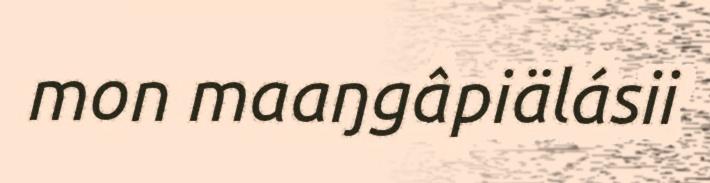
mon maaŋgâpiälásii